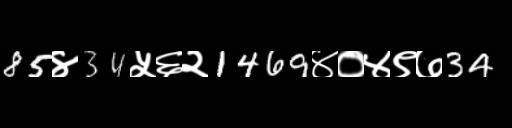
Text: 85४34५६२1469४०४९७34